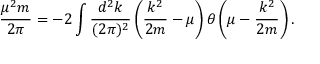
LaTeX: \frac { \mu ^ { 2 } m } { 2 \pi } = - 2 \int \frac { d ^ { 2 } k } { ( 2 \pi ) ^ { 2 } } \left( \frac { k ^ { 2 } } { 2 m } - \mu \right) \theta \left( \mu - \frac { k ^ { 2 } } { 2 m } \right) .